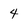
Character: 4